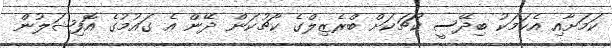
ކަމަށާއި އެކަމަކު ބިދޭސީ ކޯޗަކަށް ބްރެޒިލްގެ ކޯޗުކަން ދޭން އެ ގައުމުގެ އޮފިޝަލުން